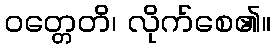
ဝတ္တေတိ၊ လိုက်စေ၏။